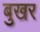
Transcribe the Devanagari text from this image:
बुखर